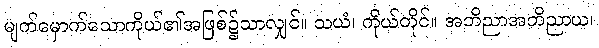
မျက်မှောက်သောကိုယ်၏အဖြစ်၌သာလျှင်။ သယံ၊ ကိုယ်တိုင်။ အဘိညာအဘိညာယ၊